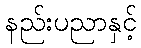
နည်းပညာနှင့်